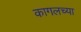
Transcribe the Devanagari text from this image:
कागलच्या